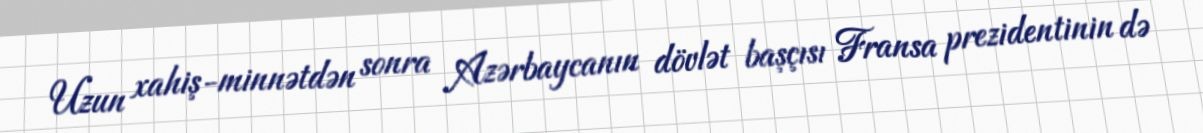
Uzun xahiş-minnətdən sonra Azərbaycanın dövlət başçısı Fransa prezidentinin də